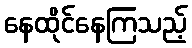
နေထိုင်နေကြသည့်